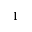
_ 1